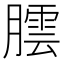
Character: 𮌻